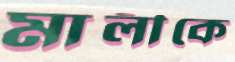
মালীকে